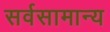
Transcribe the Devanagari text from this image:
सर्वसामान्‍य